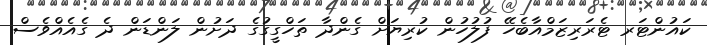
ކައުންޓަރ ޓެރަރިޒަމްއާބެހޭ ފުލުހުން ކުރިޔަށް ގެންދާ ތަހްގީގުގެ ދަށުން ލަންޑަން ދެ ގެއެއްވެސް